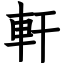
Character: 軒